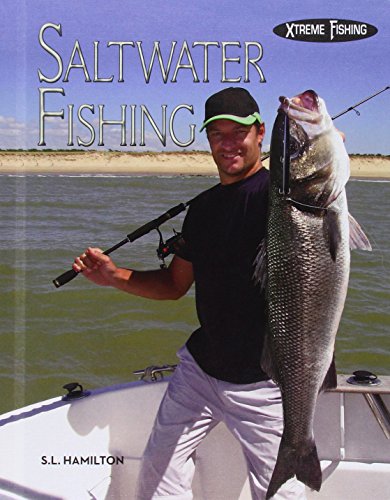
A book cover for Saltwater Fishing (Xtreme Fishing); S. L. Hamilton; Children's Books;